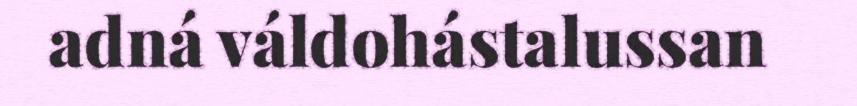
adná váldohástalussan